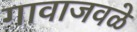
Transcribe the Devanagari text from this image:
गावाजवळे